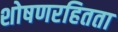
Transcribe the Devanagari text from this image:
शोषणरहितता